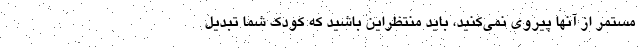
مستمر از آنها پیروی نمی‌کنید، باید منتظراین باشید که کودک شما تبدیل